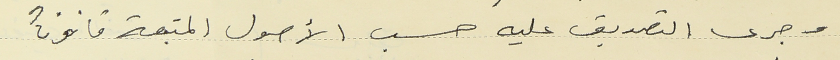
وجرى التصديق عليه حسب الأصول المتبعة قانوناً